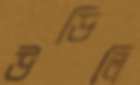
উড়িলি